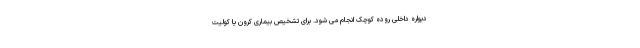
دیواره داخلی روده کوچک انجام می شود. برای تشخیص بیماری کرون یا کولیت